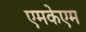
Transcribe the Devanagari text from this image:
एमकेएम